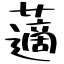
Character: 藡